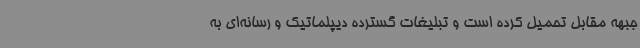
جبهه مقابل تحمیل کرده است و تبلیغات گسترده دیپلماتیک و رسانه‌ای به